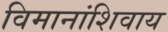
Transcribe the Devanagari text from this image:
विमानांशिवाय